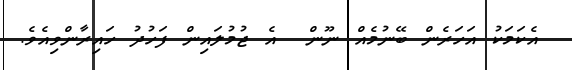
އެކަމަކު އަހަރެން ބޭނުމެއް ނޫން  އެ ޖުމުލައިން ފަހުދު ހައިރާންވިއެވެ.